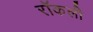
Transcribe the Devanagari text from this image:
रॉकली